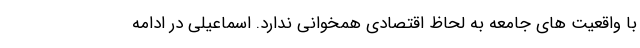
با واقعیت های جامعه به لحاظ اقتصادی همخوانی ندارد. اسماعیلی در ادامه